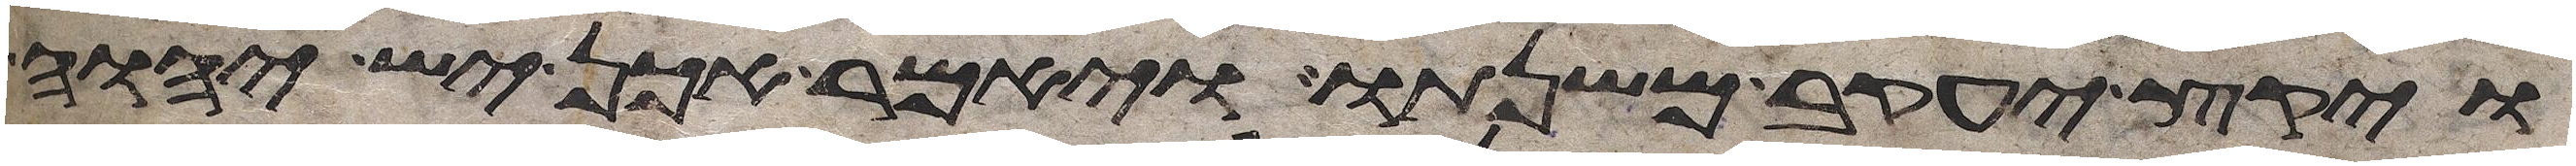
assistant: ויקץ יעקב משנתו ויאמר אכן יש יהוה